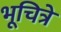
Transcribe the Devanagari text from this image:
भूचित्रे